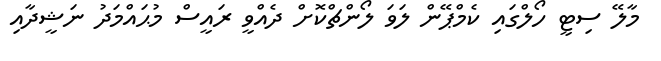
މާލޭ ސިޓީ ހޯލްގައި ކެމްޕޭން ލަވަ ލޯންޗްކޮށް ދެއްވީ ރައީސް މުޙައްމަދު ނަޝީދާއި